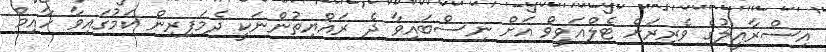
އިސްރާއީލުގެ ވެރިރަށް ޓެލްއަވީވް އަށް ނިސްބައިވާ ދެ ރައްޔިތުންނަކީ ދެމަފިރިން ކަމުގައިވާ ހާއިމް